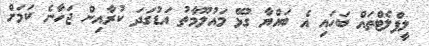
ލީފްލެޓްތައް ބަހައި އެ ބައްޔާ ގުޅޭ މައުލޫމާތު އަޑުގަދަ ކުރާއިން ޖަހާނެ ކަމަށް